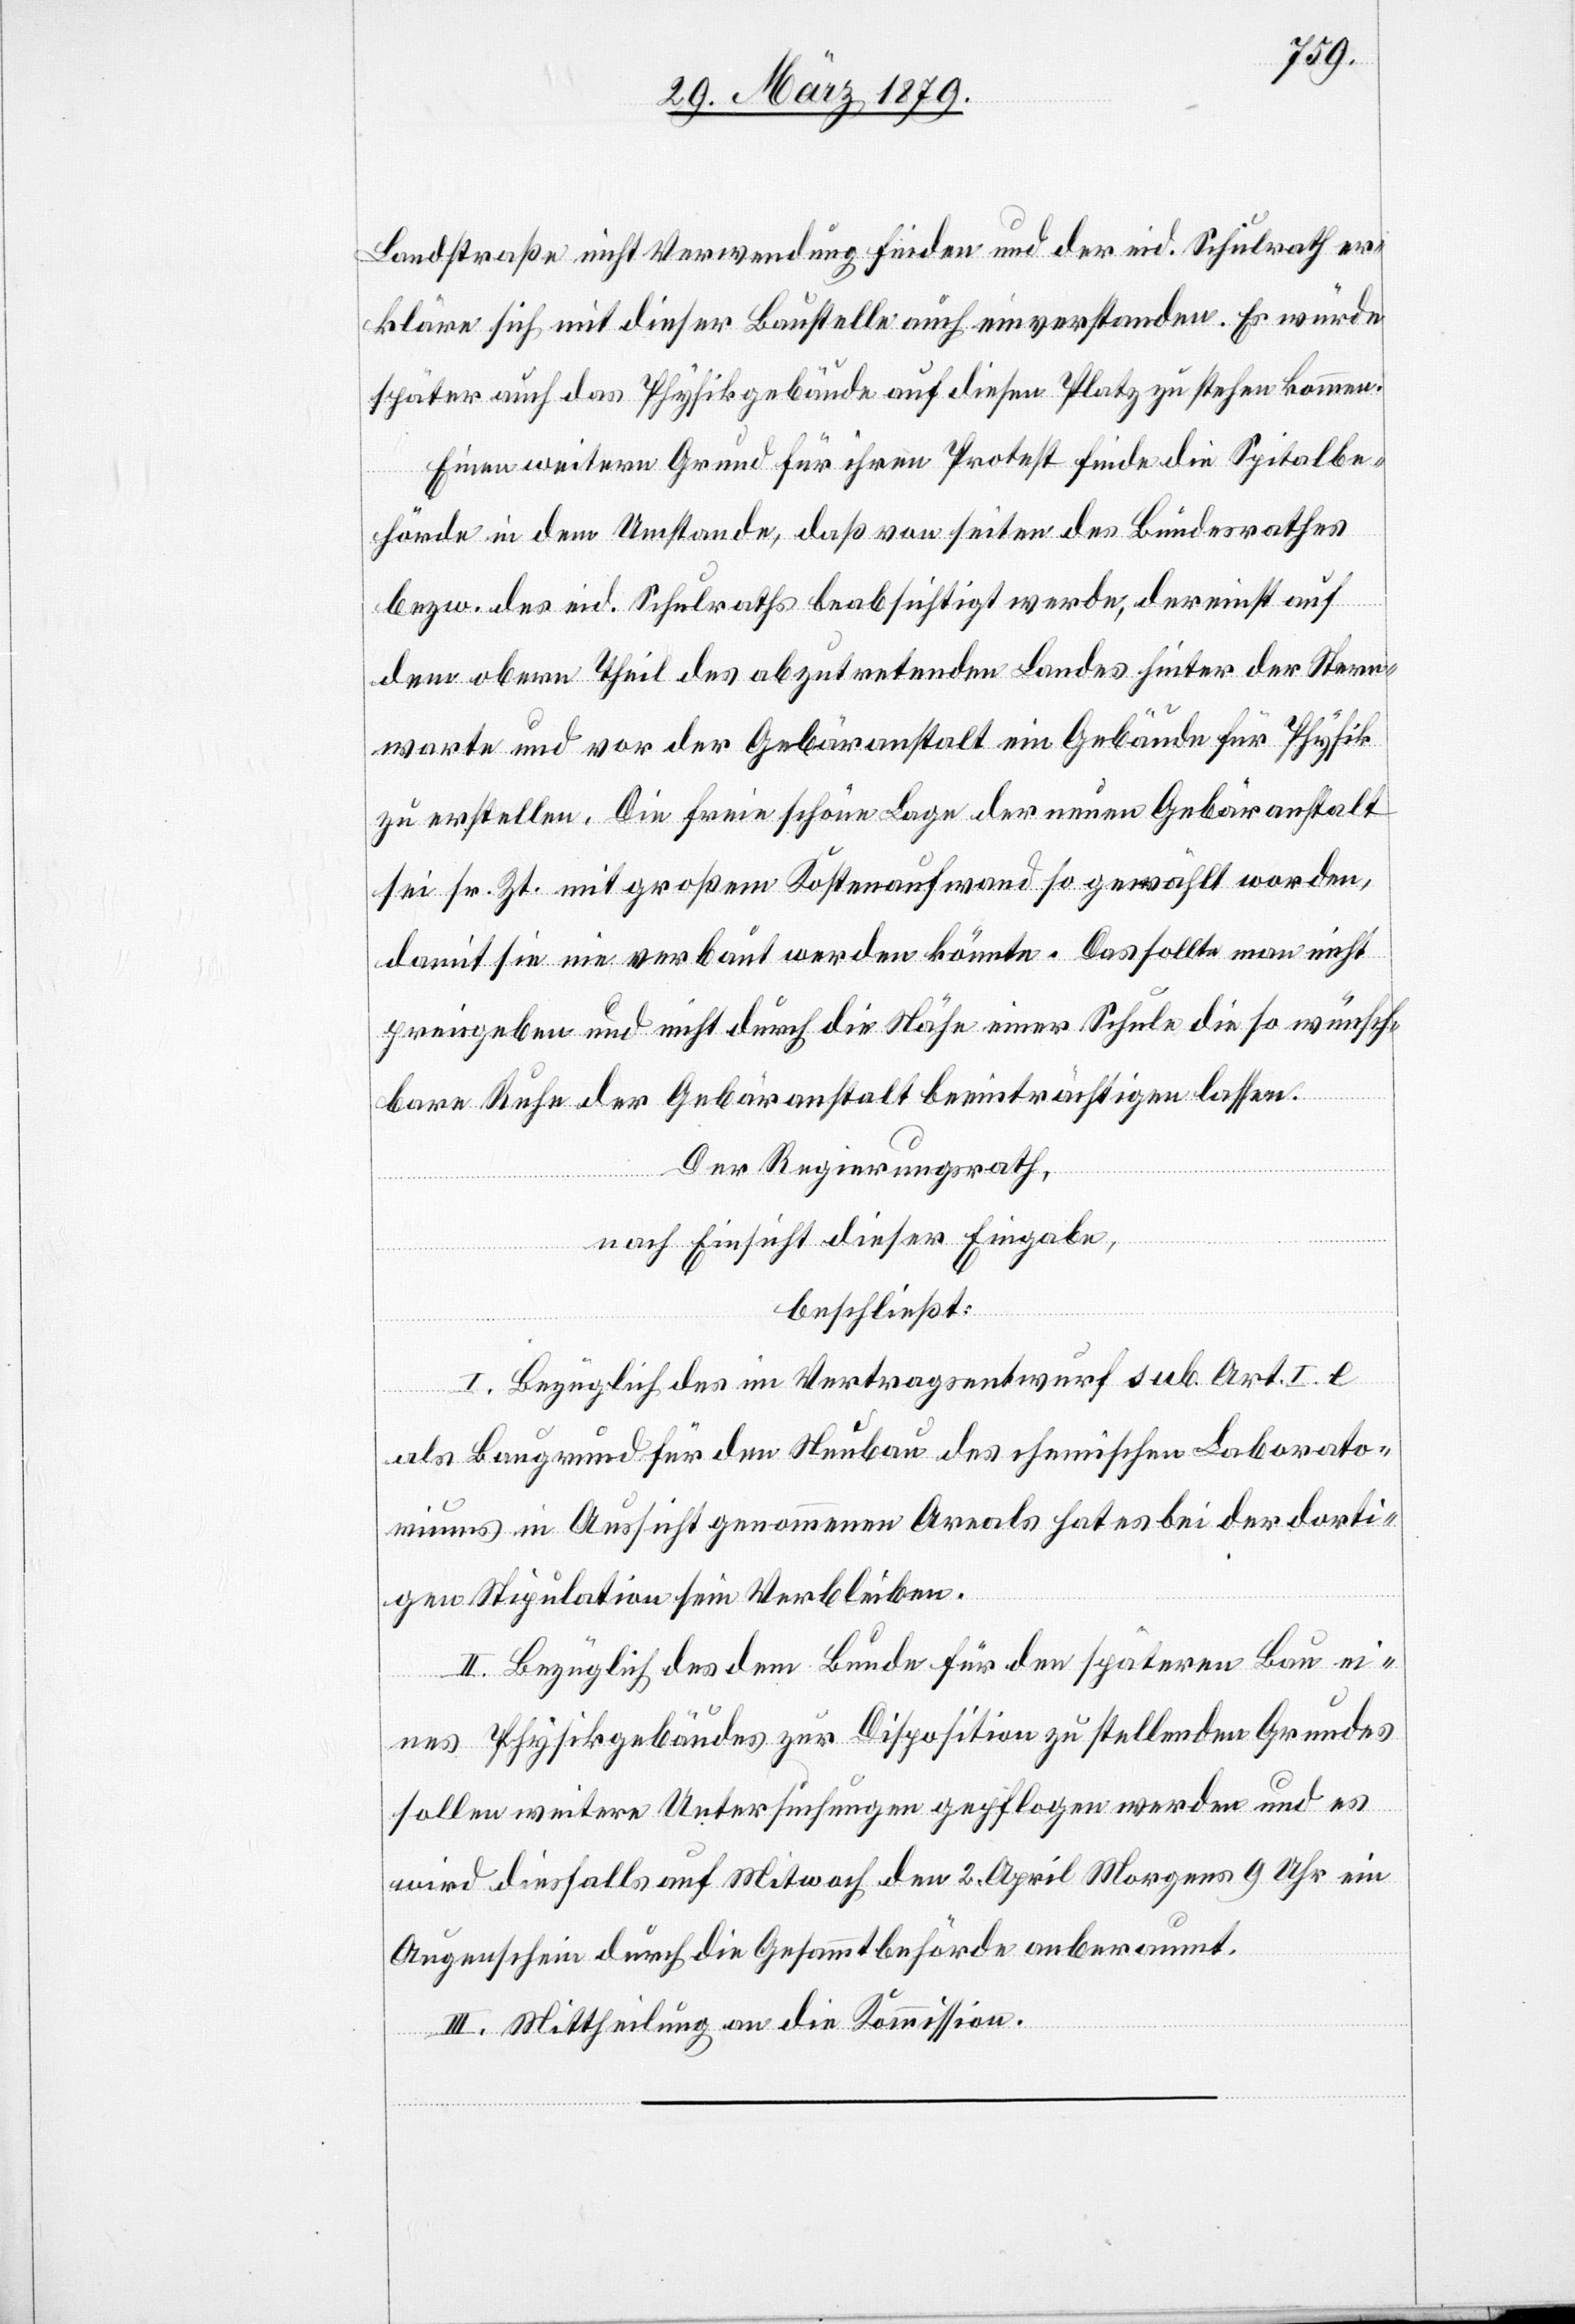
Landstraße nicht Verwendung finden und der eid. Schulrath er¬
kläre sich mit dieser Baustelle auch einverstanden. Es würde
später auch das Physikgebäude auf diesen Platz zu stehen kommen.
Einen weiteren Grund für ihren Protest finde die Spitalbe¬
hörde in dem Umstande, daß von Seiten des Bundesrathes
bezw. des eid. Schulraths beabsichtigt werde, dereinst auf
dem obern Theil des abzutretenden Landes hinter der Stern¬
warte und vor der Gebäranstalt ein Gebäude für Physik
zu erstellen. Die freie schöne Lage der neuen Gebäranstalt
sei sr. Zt. mit großem Kostenaufwand so gewählt worden,
damit sie nie verbaut werden könnte. Das sollte man nicht
preisgeben und nicht durch die Nähe einer Schule die so wünsch¬
bare Ruhe der Gebäranstalt beeinträchtigen lassen.
Der Regierungsrath,
nach Einsicht dieser Eingabe,
beschließt:
I. Bezüglich des im Vertragsentwurf sub Art. I. e
als Baugrund für den Neubau des chemischen Laborato¬
riums in Aussicht genommenen Areals hat es bei der dorti¬
gen Stipulation sein Verbleiben.
II. Bezüglich des dem Bunde für den späteren Bau ei¬
nes Physikgebäudes zur Disposition zu stellenden Grundes
sollen weitere Untersuchungen gepflogen werden und es
wird diesfalls auf Mitwoch [sic!] den 2. April Morgens 9 Uhr ein
Augenschein durch die Gesammtbehörde anberaumt.
III. Mittheilung an die Kommission.